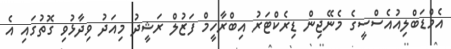
އެމްޑަބްލިއުއެސްސީގެ މެނޭޖިން ޑިރެކްޓަރު އިބްރާހީމް ފަޒުލް ރަޝީދު މިއަދު ވިދާޅުވި ގޮތުގައި އެ